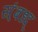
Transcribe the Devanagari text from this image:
स्ंबध्द्